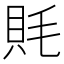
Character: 㲘